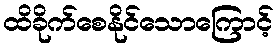
ထိခိုက်စေနိုင်သောကြောင့်